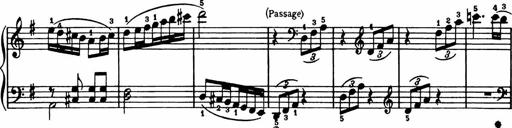
Title: Analytical Sonatinas
Composer: Frank Lynes